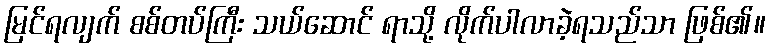
မြင်ရလျက် စစ်တပ်ကြီး သယ်ဆောင် ရာသို့ လိုက်ပါလာခဲ့ရသည်သာ ဖြစ်၏။